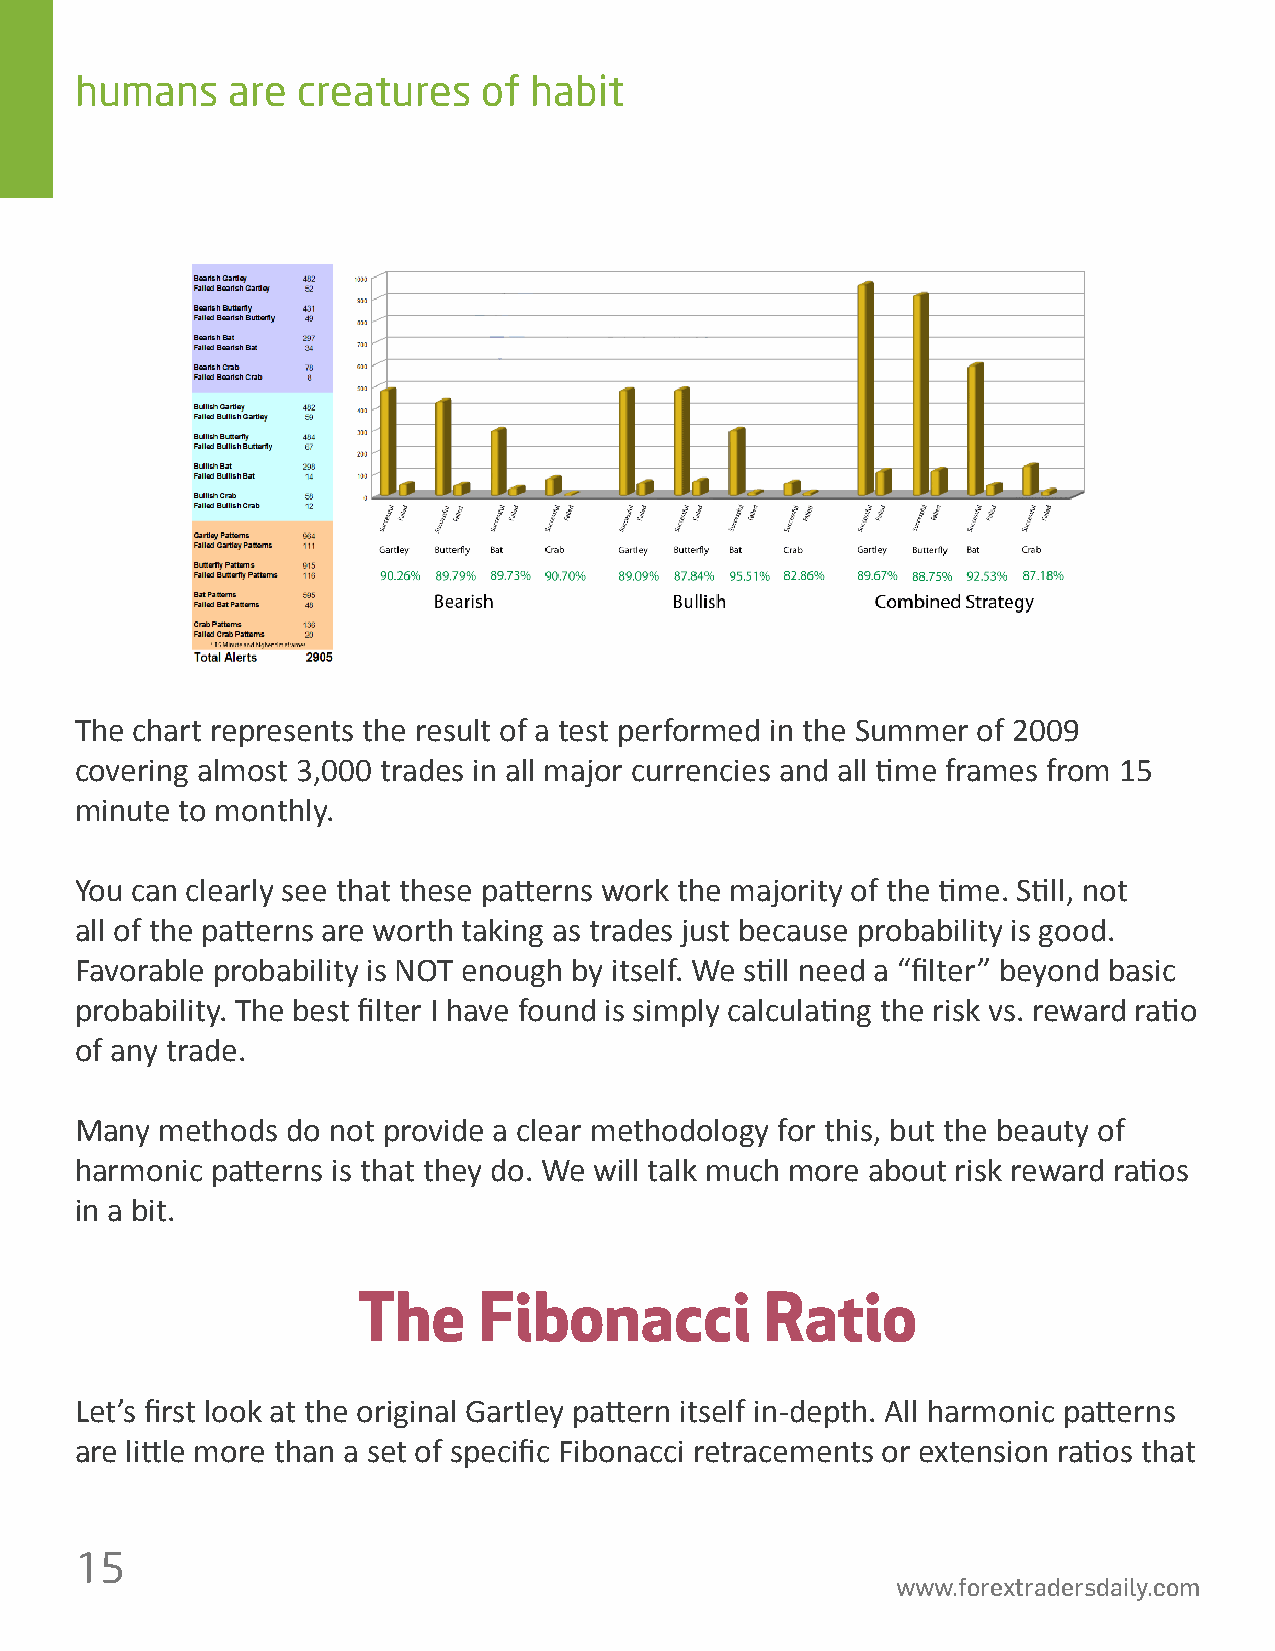
humans    are  creatures   of habit
 The chart represents the result of a test performed in the Summer of 2009
 covering almost 3,000 trades in all major currencies and all 琀椀me frames from 15
 minute to monthly.
 You can clearly see that these pa琀琀erns work the majority of the 琀椀me. S琀椀ll, not
 all of the pa琀琀erns are worth taking as trades just because probability is good.
 Favorable probability is NOT enough by itself. We s琀椀ll need a “昀椀lter” beyond basic
 probability. The best 昀椀lter I have found is simply calcula琀椀ng the risk vs. reward ra琀椀o
 of any trade.
 Many  methods do not provide a clear methodology for this, but the beauty of
 harmonic pa琀琀erns is that they do. We will talk much more about risk reward ra琀椀os
 in a bit.
 The     Fibonacci          Ratio
 Let’s 昀椀rst look at the original Gartley pa琀琀ern itself in-depth. All harmonic pa琀琀erns
 are li琀琀le more than a set of speci昀椀c Fibonacci retracements or extension ra琀椀os that
 15
 www.forextradersdaily.com